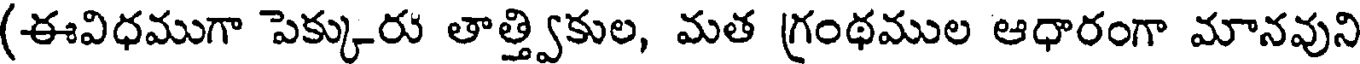
(ఈవిధముగా పెక్కురు తాత్త్వికుల, మత గ్రంథముల ఆధారంగా మానవుని